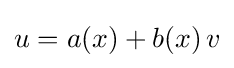
u=a(x)+b(x)\,v